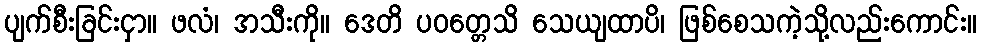
ပျက်စီးခြင်းငှာ။ ဖလံ၊ အသီးကို။ ဒေတိ ပဝတ္တေသိ သေယျထာပိ၊ ဖြစ်စေသကဲ့သို့လည်းကောင်း။